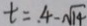
t = . 4 - \sqrt { 1 4 }